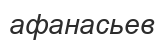
афанасьев